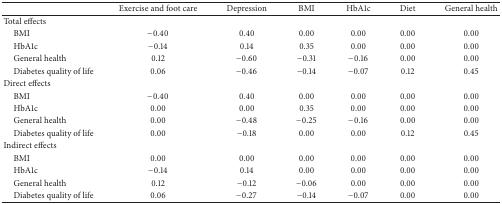
<table><thead><tr><td><b> </b></td><td><b>Exercise and foot care</b></td><td><b>Depression</b></td><td><b>BMI</b></td><td><b>HbA1c</b></td><td><b>Diet</b></td><td><b>General health</b></td></tr></thead><tbody><tr><td>Total effects</td><td> </td><td> </td><td> </td><td> </td><td> </td><td> </td></tr><tr><td> BMI</td><td>−0.40</td><td>0.40</td><td>0.00</td><td>0.00</td><td>0.00</td><td>0.00</td></tr><tr><td> HbA1c</td><td>−0.14</td><td>0.14</td><td>0.35</td><td>0.00</td><td>0.00</td><td>0.00</td></tr><tr><td> General health</td><td>0.12</td><td>−0.60</td><td>−0.31</td><td>−0.16</td><td>0.00</td><td>0.00</td></tr><tr><td> Diabetes quality of life</td><td>0.06</td><td>−0.46</td><td>−0.14</td><td>−0.07</td><td>0.12</td><td>0.45</td></tr><tr><td>Direct effects</td><td> </td><td> </td><td> </td><td> </td><td> </td><td> </td></tr><tr><td> BMI</td><td>−0.40</td><td>0.40</td><td>0.00</td><td>0.00</td><td>0.00</td><td>0.00</td></tr><tr><td> HbA1c</td><td>0.00</td><td>0.00</td><td>0.35</td><td>0.00</td><td>0.00</td><td>0.00</td></tr><tr><td> General health</td><td>0.00</td><td>−0.48</td><td>−0.25</td><td>−0.16</td><td>0.00</td><td>0.00</td></tr><tr><td> Diabetes quality of life</td><td>0.00</td><td>−0.18</td><td>0.00</td><td>0.00</td><td>0.12</td><td>0.45</td></tr><tr><td>Indirect effects</td><td> </td><td> </td><td> </td><td> </td><td> </td><td> </td></tr><tr><td> BMI</td><td>0.00</td><td>0.00</td><td>0.00</td><td>0.00</td><td>0.00</td><td>0.00</td></tr><tr><td> HbA1c</td><td>−0.14</td><td>0.14</td><td>0.00</td><td>0.00</td><td>0.00</td><td>0.00</td></tr><tr><td> General health</td><td>0.12</td><td>−0.12</td><td>−0.06</td><td>0.00</td><td>0.00</td><td>0.00</td></tr><tr><td> Diabetes quality of life</td><td>0.06</td><td>−0.27</td><td>−0.14</td><td>−0.07</td><td>0.00</td><td>0.00</td></tr></tbody></table>